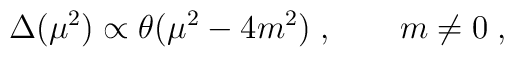
\Delta(\mu^2)\propto\theta (\mu^2 -4m^2)\; ,\qquad m\ne 0\; ,